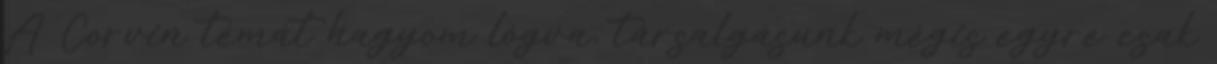
A Corvin témát hagyom lógva, társalgásunk mégis egyre csak